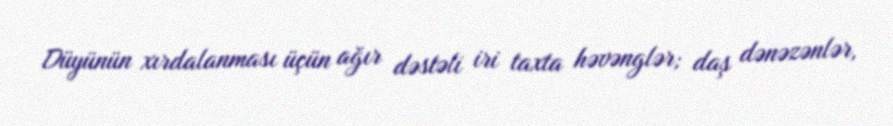
Düyünün xırdalanması üçün ağır dəstəli iri taxta həvənglər; daş dənəzənlər,